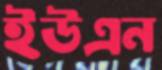
ইউএন